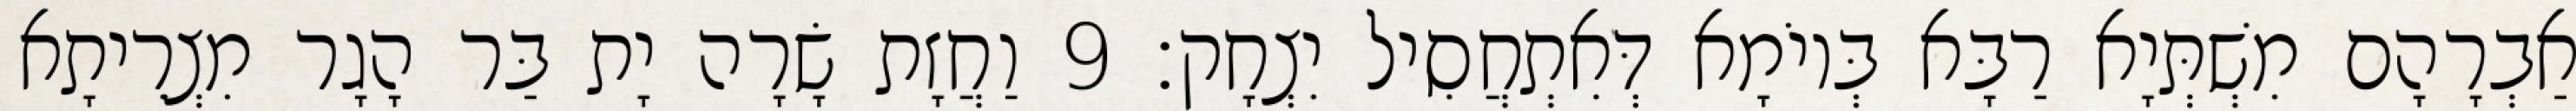
אַבְרָהָם מִשְׁתְּיָא רַבָּא בְּיוֹמָא דְּאִתְחֲסִיל יִצְחָק׃ 9 וַחֲזָת שָׂרָה יָת בַּר הָגָר מִצְרֵיתָא